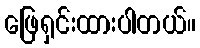
ဖြေရှင်းထားပါတယ်။